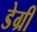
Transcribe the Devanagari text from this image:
डेग्री